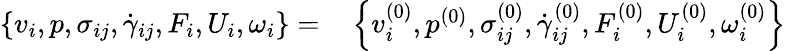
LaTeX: \begin{array}{rl}{{\{ v_{i},p,\sigma_{ij},\dot{\gamma}_{ij},F_{i},U_{i},\omega_{i}\} }=}&{{}\left\{ v_{i}^{(0)},p^{(0)},\sigma_{ij}^{(0)},\dot{\gamma}_{ij}^{(0)},F_{i}^{(0)},U_{i}^{(0)},\omega_{i}^{(0)}\right\} }\end{array}